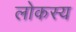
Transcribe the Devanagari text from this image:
लोकस्य